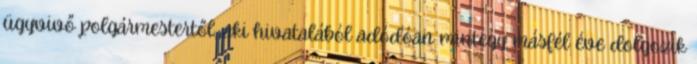
ügyvivő polgármestertől, aki hivatalából adódóan mintegy másfél éve dolgozik